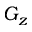
G _ { z }